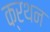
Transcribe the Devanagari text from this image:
क्रथन